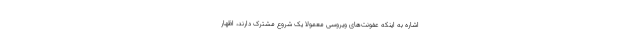
اشاره به اینکه عفونت‌های ویروسی معمولا یک شروع مشترک دارند، اظهار